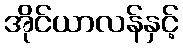
အိုင်ယာလန်နှင့်